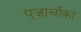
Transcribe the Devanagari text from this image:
पूजार्चाका